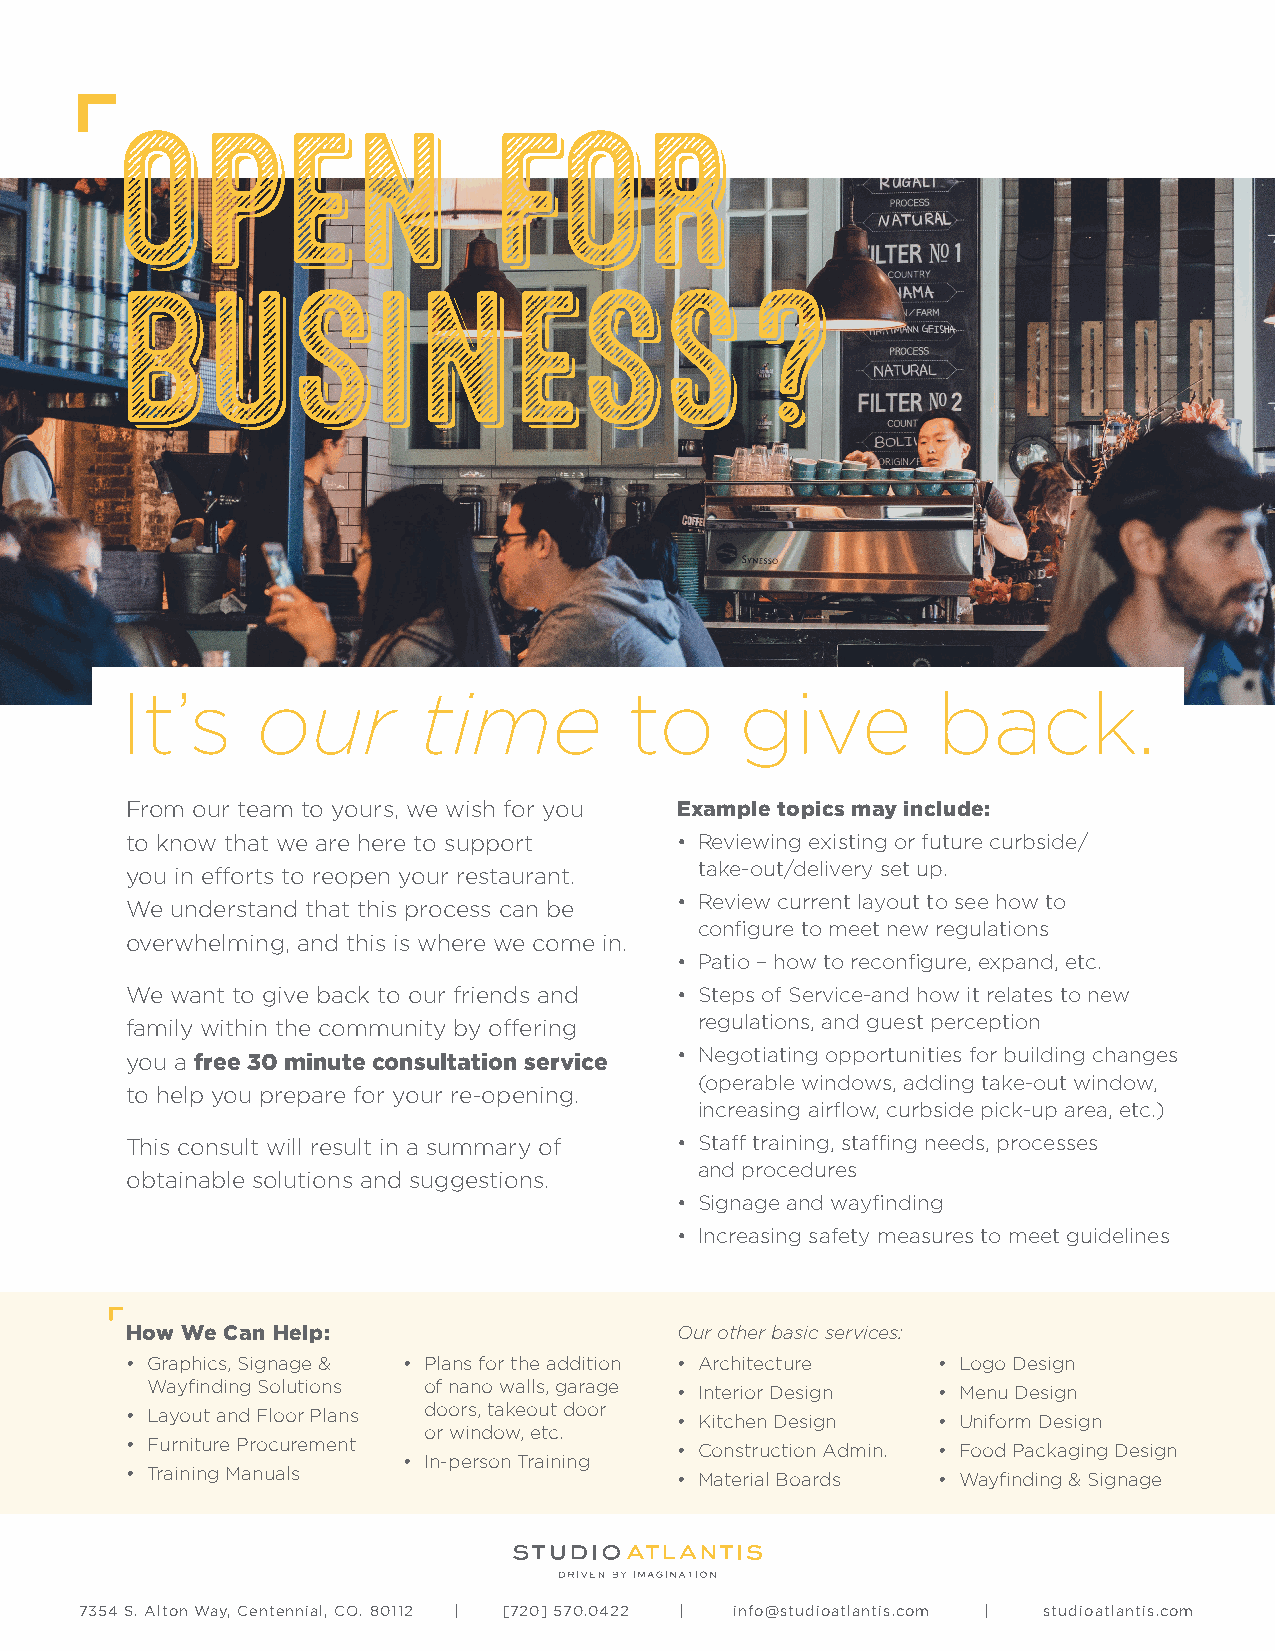
OPEN                    FOR
 BUSINESS                                  ?
 It’s     our        time          to     give         back.
 From our team to yours, we wish for you Example topics may include:
 to know that we are here to support  • Reviewing existing or future curbside/
 take-out/delivery set up.
 you in efforts to reopen your restaurant.
 • Review current layout to see how to
 We understand that this process can be
 configure to meet new regulations
 overwhelming, and this is where we come in.
 • Patio – how to reconfigure, expand, etc.
 We want to give back to our friends and • Steps of Service-and how it relates to new
 family within the community by offering regulations, and guest perception
 you a free 30 minute consultation service • Negotiating opportunities for building changes
 (operable windows, adding take-out window,
 to help you prepare for your re-opening.
 increasing airflow, curbside pick-up area, etc.)
 This consult will result in a summary of • Staff training, staffing needs, processes
 and procedures
 obtainable solutions and suggestions.
 • Signage and wayfinding
 • Increasing safety measures to meet guidelines
 How We Can Help:                     Our other basic services:
 • Graphics, Signage & • Plans for the addition • Architecture • Logo Design
 Wayfinding Solutions of nano walls, garage • Interior Design • Menu Design
 • Layout and Floor Plans doors, takeout door • Kitchen Design • Uniform Design
 or window, etc.
 • Furniture Procurement              • Construction Admin. • Food Packaging Design
 • In-person Training
 • Training Manuals                   • Material Boards • Wayfinding & Signage
 7354 S. Alton Way, Centennial, CO. 80112 | [720] 570.0422 | info@studioatlantis.com | studioatlantis.com